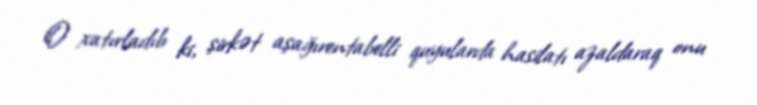
O xatırladıb ki, şirkət aşağırentabelli quyularda hasilatı azaldaraq onu